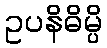
ဥပနိဓိမ္ပိ